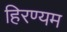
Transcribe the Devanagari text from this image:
हिरण्यम